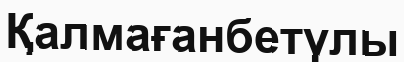
Қалмағанбетүлы